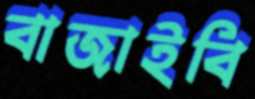
বাজাইবি